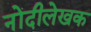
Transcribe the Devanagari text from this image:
नोंदीलेखक